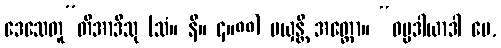
ဒေသေတူ”တိအာဒီသု (သံ။ နိ။ ၄။၈၈) မယှန္တိ အတ္ထော။ “ဓမ္မဒါယာဒါ မေ,